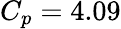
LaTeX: C_{p}=4.09